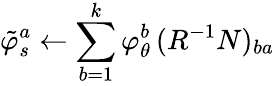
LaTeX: \tilde{\varphi}_{s}^{a}\gets\sum_{b=1}^{k}\varphi_{\theta}^{b}\, (R^{-1}N)_{ba}